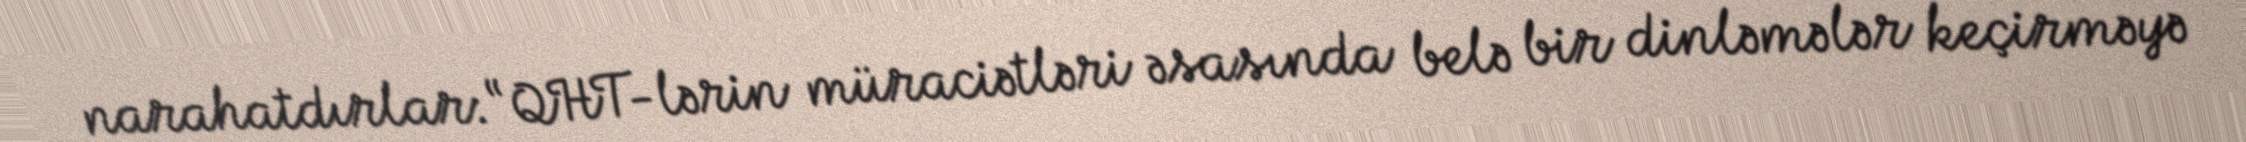
narahatdırlar: “QHT-lərin müraciətləri əsasında belə bir dinləmələr keçirməyə